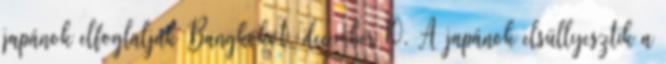
japánok elfoglalják Bangkokot. december 10. A japánok elsüllyesztik a